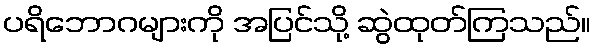
ပရိဘောဂများကို အပြင်သို့ ဆွဲထုတ်ကြသည်။